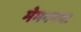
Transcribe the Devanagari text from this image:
मेमननचा